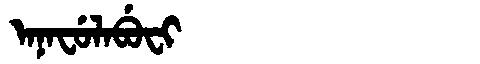
Manchu: ᠠᠨᠠᠸᡠᠯᠠᠪᡠᠸᡳ
Romanization: ANAFULABUFI